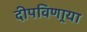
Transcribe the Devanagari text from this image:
दीपविणार्‍या